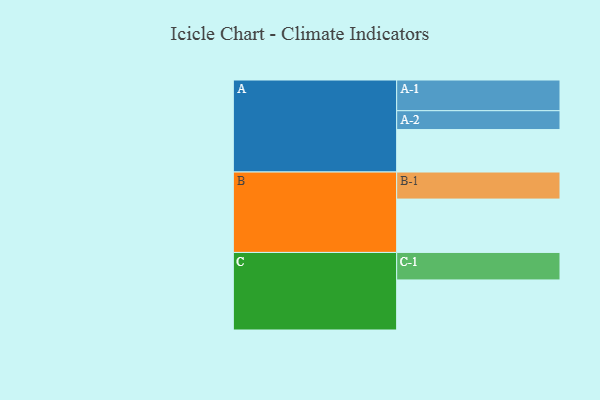
{"axis": {"x": "Segment", "y": "Value"}, "legend": ["", "A", "B", "C"], "data": [{"x": "A", "y": 358, "type": ""}, {"x": "B", "y": 450, "type": ""}, {"x": "C", "y": 422, "type": ""}, {"x": "A-1", "y": 259, "type": "A"}, {"x": "A-2", "y": 159, "type": "A"}, {"x": "B-1", "y": 228, "type": "B"}, {"x": "C-1", "y": 232, "type": "C"}]}